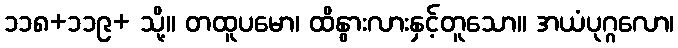
၁၁၈+၁၁၉+ သို့။ တထူပမော၊ ထိနွားလားနှင့်တူသော။ အယံပုဂ္ဂလော၊